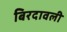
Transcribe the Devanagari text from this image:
बिरदावली